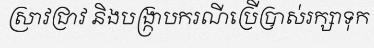
ស្រាវជ្រាវ និងបង្ក្រាបករណីប្រើប្រាស់រក្សាទុក